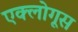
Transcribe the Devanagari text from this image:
एक्लोगूस